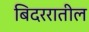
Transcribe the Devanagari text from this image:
बिदररातील